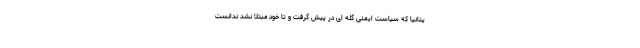
یتانیا که سیاست ایمنی گله ای در پیش گرفت و تا خود مبتلا نشد ندانست